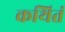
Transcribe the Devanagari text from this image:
कथितं